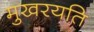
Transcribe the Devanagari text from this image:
मुखरयति